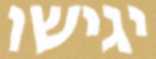
יגישו